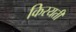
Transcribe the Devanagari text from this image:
किरयती